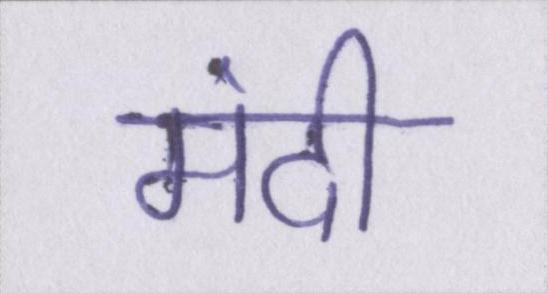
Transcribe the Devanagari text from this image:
मंदी